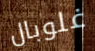
غلوبال